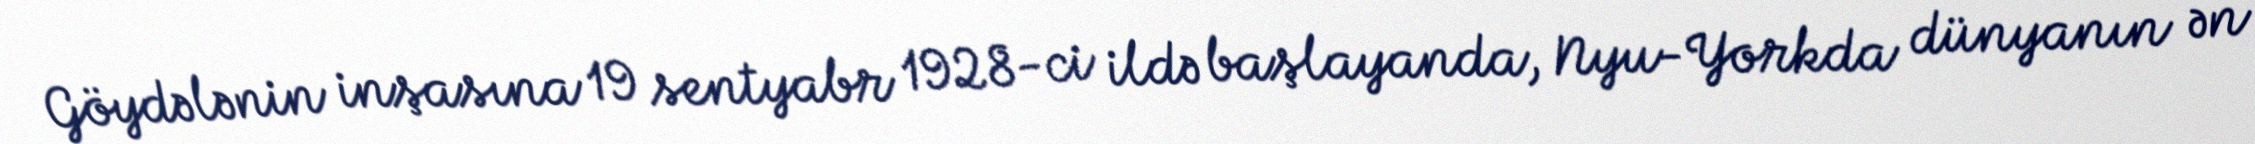
Göydələnin inşasına 19 sentyabr 1928-ci ildə başlayanda, Nyu-Yorkda dünyanın ən